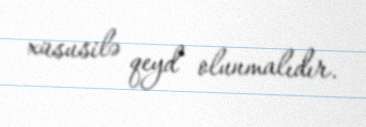
xüsusilə qeyd olunmalıdır.